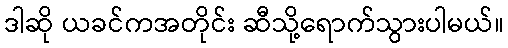
ဒါဆို ယခင်ကအတိုင်း ဆီသို့ရောက်သွားပါမယ်။